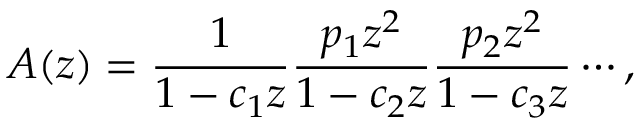
A ( z ) = { \frac { 1 } { 1 - c _ { 1 } z } } { \frac { p _ { 1 } z ^ { 2 } } { 1 - c _ { 2 } z } } { \frac { p _ { 2 } z ^ { 2 } } { 1 - c _ { 3 } z } } \cdots ,